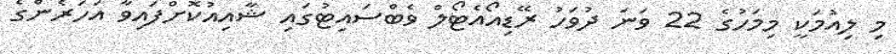
މި ލިއުމަކީ މިމަހުގެ 22 ވަނަ ދުވަހު ރޭޑިއޯއެޓޯލް ވެބްސައިޓުގައި ޝާއިއުކޮށްފައިވާ އަހަރެންގެ